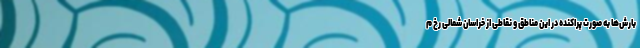
بارش‌ها به صورت پراکنده در این مناطق و نقاطی از خراسان شمالی رخ م